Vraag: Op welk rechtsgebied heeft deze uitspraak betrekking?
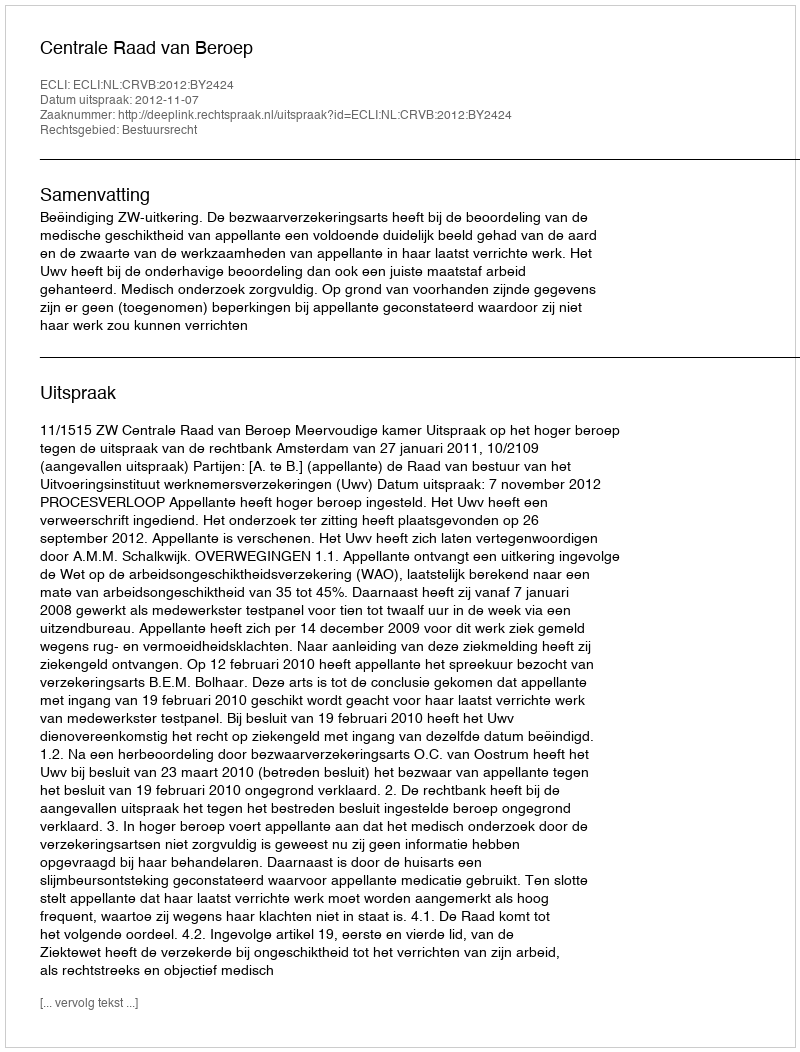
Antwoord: Bestuursrecht